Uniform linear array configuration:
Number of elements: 16
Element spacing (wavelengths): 0.5
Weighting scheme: kaiser
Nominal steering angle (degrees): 60
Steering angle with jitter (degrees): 59.407
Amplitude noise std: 0.05
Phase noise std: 0.05

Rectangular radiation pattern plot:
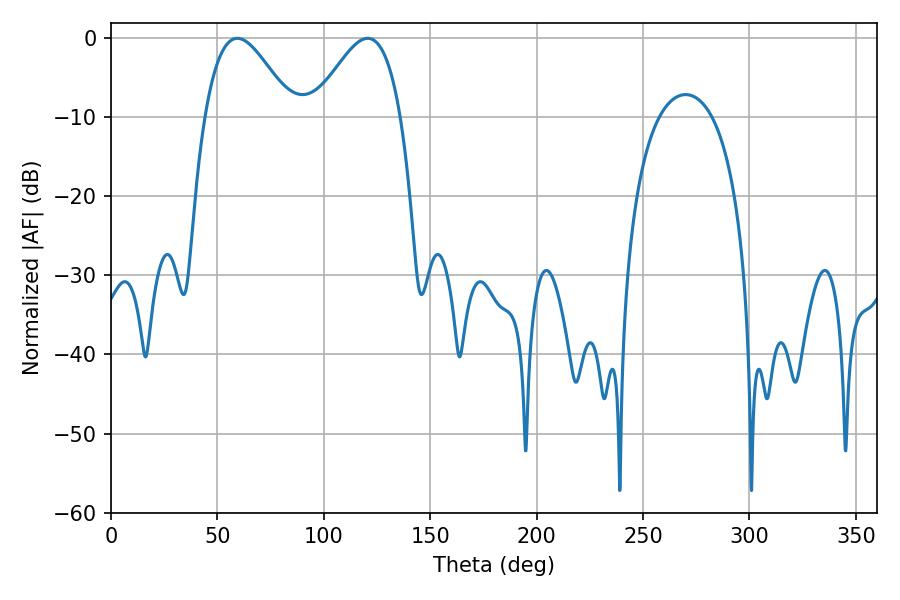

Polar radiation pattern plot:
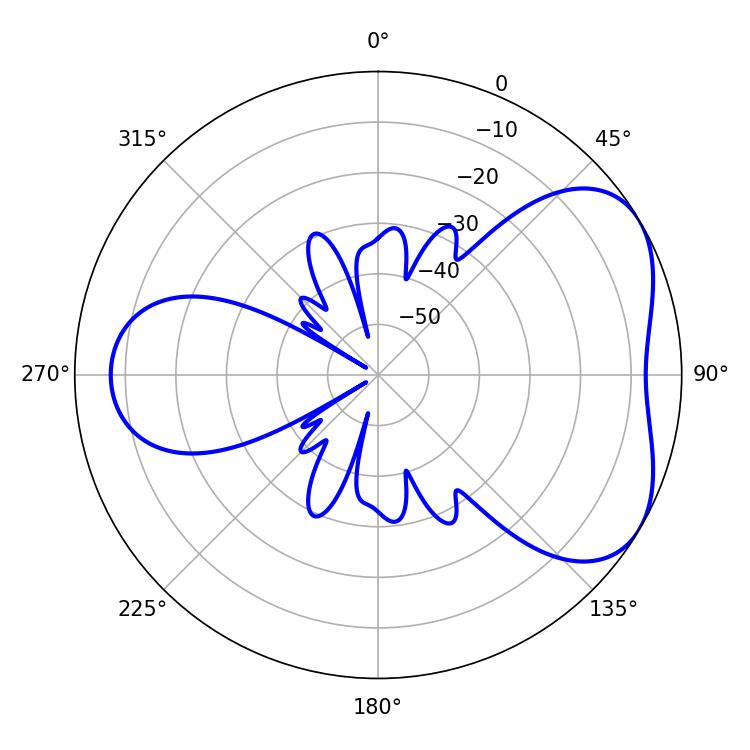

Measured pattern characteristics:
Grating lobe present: FALSE
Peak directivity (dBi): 4.71
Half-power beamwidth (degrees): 22.14
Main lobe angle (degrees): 59.4